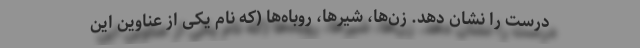
درست را نشان دهد. زن‌ها، شیرها، روباه‌ها (که نام یکی از عناوین این